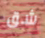
شق